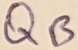
Text: QB